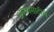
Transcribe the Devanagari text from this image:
अल्फासाठीचे